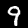
Label: 9